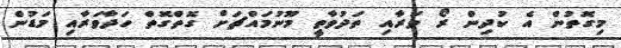
މިގޮތުން އެ ކުދިން ރޯ ވަރާއި ތަދުވާތީ މޫނުމައްޗަށް ގޮތްގޮތް ހަދާވަރާއި މަޑުން